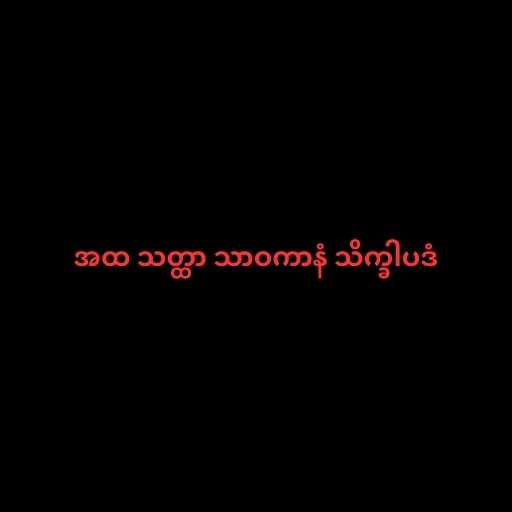
အထ သတ္ထာ သာဝကာနံ သိက္ခါပဒံ